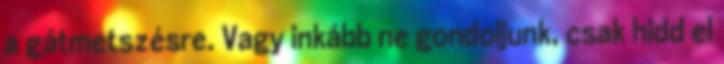
a gátmetszésre. Vagy inkább ne gondoljunk, csak hidd el